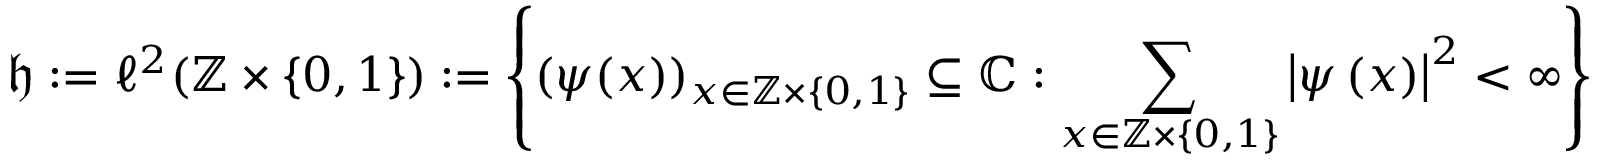
\mathfrak { h } : = \ell ^ { 2 } ( \mathbb { Z } \times \{ 0 , 1 \} ) : = \left\{ ( \psi ( x ) ) _ { x \in \mathbb { Z } \times \{ 0 , 1 \} } \subseteq \mathbb { C } : \sum _ { x \in \mathbb { Z } \times \{ 0 , 1 \} } \left\vert \psi \left( x \right) \right\vert ^ { 2 } < \infty \right\}